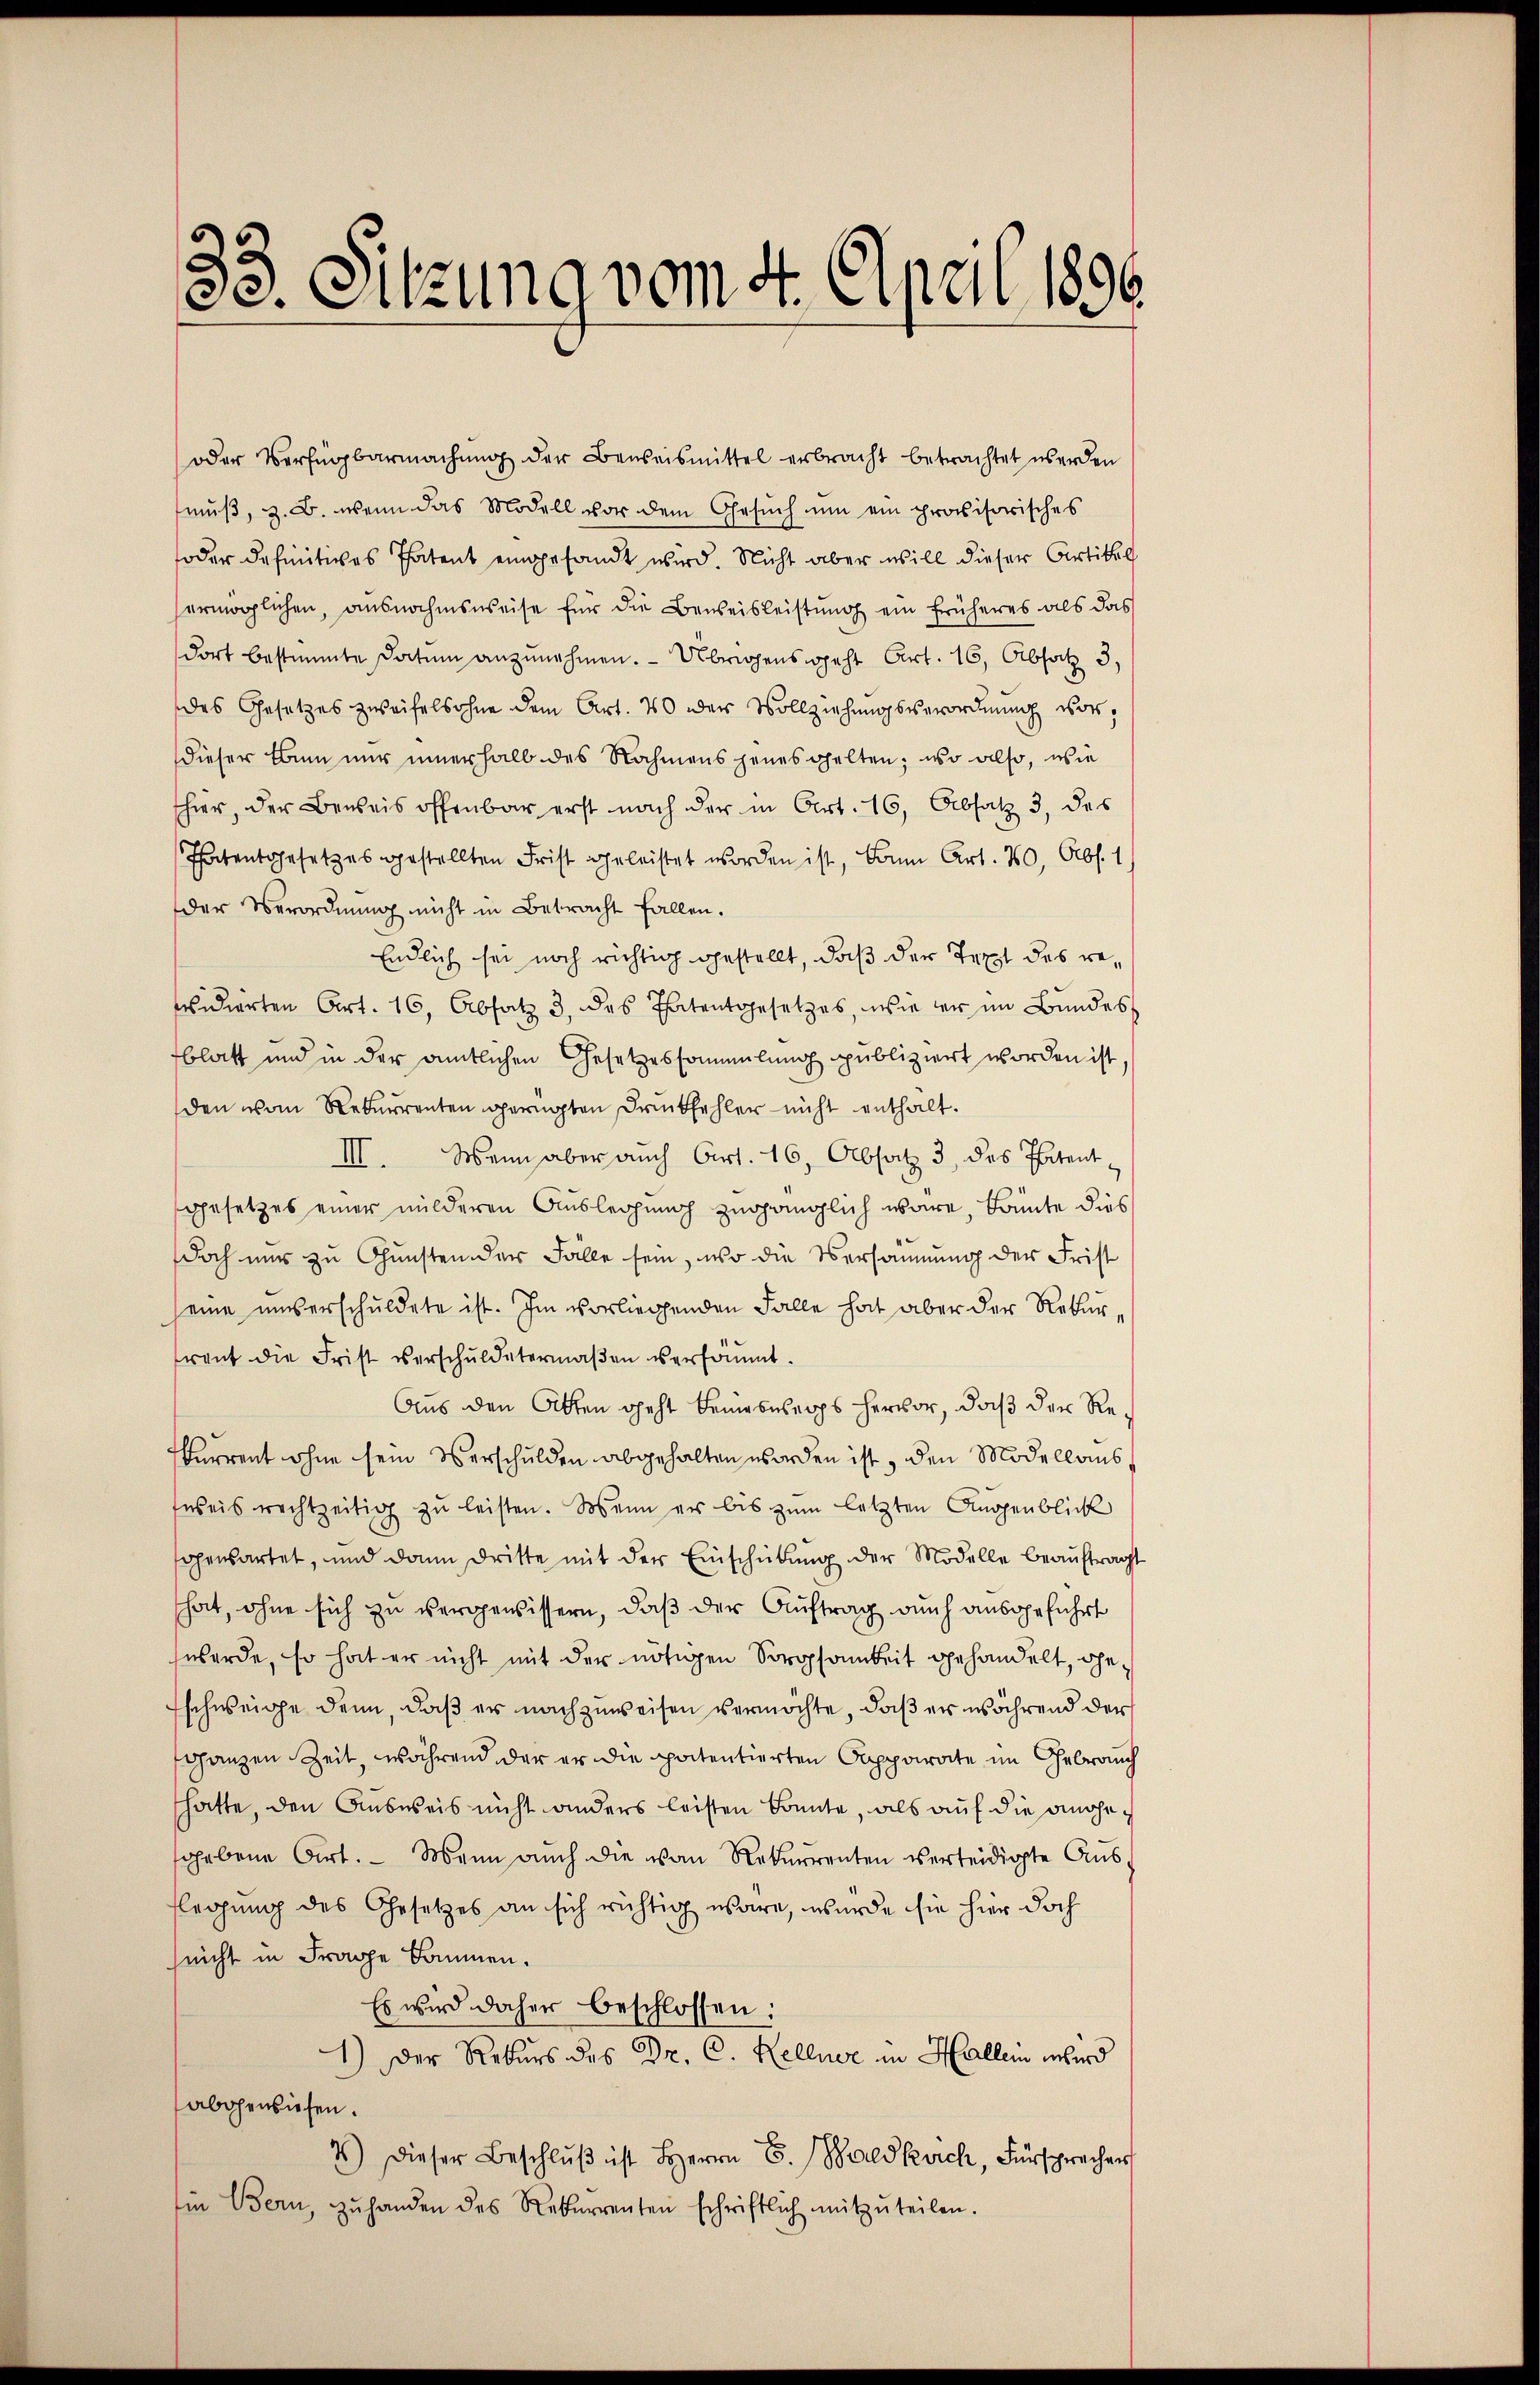
oder Verfügbarmachŭng der Beweismittel erbracht betrachtet werden
muß, z. B. wenn das Modell vor dem Gesuch um ein provisorisches
oder definitives Patent eingesandt wird. Nicht aber will dieser Artikel
ermöglichen, ausnahmsweise für die Beweisleistung ein früheres als das
dort bestimmte Datum anzunehmen. — Übrigens geht Art. 16, Absatz 3.
des Gesetzes zweifelsohne dem Art. 40 der Vollziehungsverordnung vor,
dieser Bann nur innerhalb des Nahmens jenes gelten; wo also, wie
shier, der Beweis offenbar erst nach der in Art. 16, Absatz 3, des
Thatentgesetzes gestellten Frist geleistet worden ist, kann Art. 70, Abs. 1
der Verordnung nicht in Betracht fallen.
Endlich sei noch richtig gestellt, daß der Text des revidirten Art. 16, Absatz 3, das Thatentgesetzes, wie er im Bundes
blatt und in der amtlichen Gesetzessammlung publiziert worden ist,
den von Rekurrenten gerügten Druckfehler nicht enthält.
III. Wenn aber auch Art. 16, Absatz 3 des Patent
gesetzes einer milderen Auslegung zugänglich wäre, könnte dies
doch nur zu Gunsten der Fälle sein, wo die Versammung der Frist
seine unserschuldete ist. Im vorliegenden Falle hat aber der Rekurrent die Frist verschuldetermaßen versäumt.
Aus den Otten geht keineswegs hervor, daß der Rekurrent ohne sein Verschulden abgehalten worden ist, den Modellaus,
fweis rechtzeitig zŭ leisten. Wenn er bis zum letzten Augenblick
sopensartet, und dann dritte mit der Einschübung der Modelle beauftragt
hat, ohne sich zu vergewissern, daß der Auftrag auch ausgeführt
werde, so hat er nicht mit der nötigen Sorgsamkeit gehandelt, ohn
schweige denn, daß er nachzuweisen vermöchte, daß er während der
ganzen Zeit, während der er die patentierten Capparate im Gebrauch
hätte, den Ausweis nicht anders leisten konnte, als auf die angesgebene Art. — Mann auch die von Rekurrenten verteidigte Aus
flegung des Gesetzes an sich richtig wäre, wurde sie hier doch
seicht in Frage Bäumen.
Es wird daher beschlossen:
1.) Der Rekurs des Dr. C. Kellner in Hallein wird
abgewiesen.
7) Dieser Beschlŭβ ist Herrn C. Waldkvich, Fürsprecher
in Bern, zŭ handen des Rekurrenten schriftlich mitzŭteilen.

33. Sitzung vom 4. April 1896